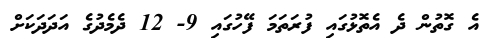
އެ ގޮތުން ދެ އެތޮޅުގައި ފުރަތަމަ ފޭހުގައި 9- 12 ދެމެދުގެ އަދަދަކަށް